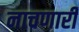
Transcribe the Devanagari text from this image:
नाचणारी